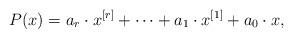
LaTeX: \begin{align*}P(x)= a_r \cdot x^{[r]}+\cdots +a_1\cdot x^{[1]}+a_0\cdot x,\end{align*}